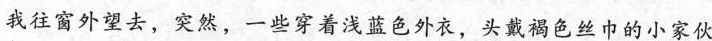
我往窗外望去，突然，一些穿着浅蓝色外衣，头戴褐色丝巾的小家伙